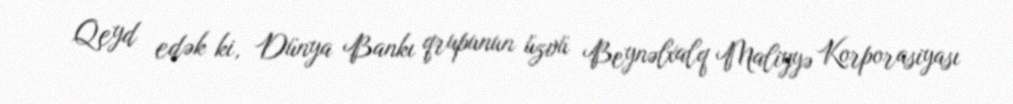
Qeyd edək ki, Dünya Bankı qrupunun üzvü Beynəlxalq Maliyyə Korporasiyası